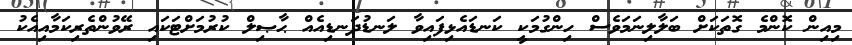
މިއިން ކޮންމެ ގޮތަކަށް ބަލާލިނަމަވެސް ހިންގުމަކީ ކަނޑައެޅިފައިވާ ލަނޑުދަނޑިއެއް ޙާޞިލް ކުރުމަށްޓަކައި ރޭވުންތެރިކަމާއިއެކު